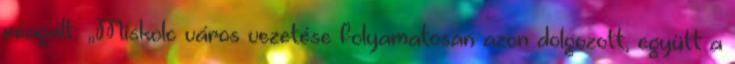
reagált: „Miskolc város vezetése folyamatosan azon dolgozott, együtt a